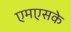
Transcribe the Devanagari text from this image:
एमएसके